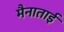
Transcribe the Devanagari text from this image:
मैनाताई